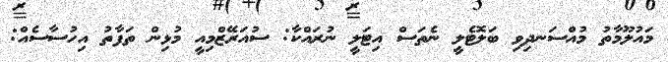
މައުލޫމާތު މުއްސަނދިވި ބަލޮޓެލީ ނެތަސް އިޓަލީ ނުރައްކާ: ސުއަރޭޒްމިއީ މުޅިން ތަފާތު އިހުސާސެއް: